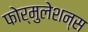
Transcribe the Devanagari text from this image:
फोर्मुलेशन्स